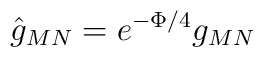
\hat{g}_{MN} = e^{-\Phi/4} g_{MN}